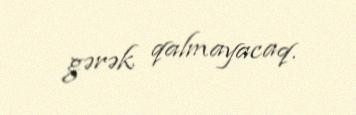
gərək qalmayacaq.